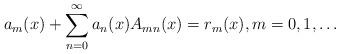
LaTeX: \begin{align*}a_{m}(x)+\sum_{n=0}^{\infty}a_{n}(x)A_{mn}(x)=r_{m}(x),m=0,1,\ldots\end{align*}